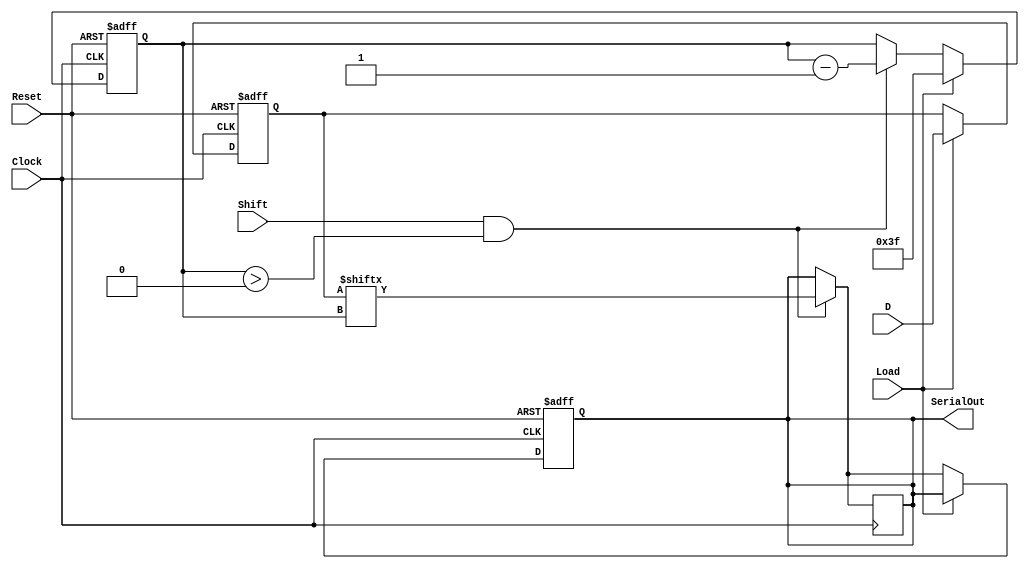
module PISO_64bit (
    input wire [63:0] D,        // 64-bit parallel input data
    input wire Load,            // Load control signal
    input wire Shift,           // Shift control signal
    input wire Clock,           // Clock signal
    input wire Reset,           // Asynchronous reset signal
    output reg SerialOut        // Serial output
);

    reg [63:0] shift_reg;       // 64-bit shift register
    reg [5:0] bit_count;        // Bit counter (6 bits for 0 to 63)

    // Asynchronous reset and data loading
    always @(posedge Clock or posedge Reset) begin
        if (Reset) begin
            shift_reg <= 64'b0; // Reset shift register to 0
            SerialOut <= 1'b0;   // Reset serial output
            bit_count <= 6'b0;    // Reset bit counter
        end else begin
            if (Load) begin
                shift_reg <= D;   // Load data into the shift register
                bit_count <= 6'd63; // Prepare to shift out 64 bits
            end else if (Shift && bit_count > 0) begin
                SerialOut <= shift_reg[bit_count]; // Output the current bit
                bit_count <= bit_count - 1; // Decrement the bit counter
            end
        end
    end

    // Output the LSB first
    always @(negedge Clock) begin
        if (Shift && bit_count > 0) begin
            SerialOut <= shift_reg[bit_count]; // Update SerialOut on negative edge
        end
    end

endmodule